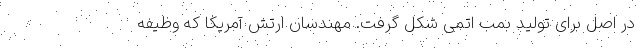
در اصل برای تولید بمب اتمی شکل گرفت. مهندسان ارتش آمریکا که وظیفه